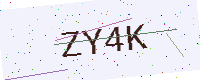
Text: ZY4K